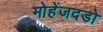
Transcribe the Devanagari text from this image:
मोहेंजदडो